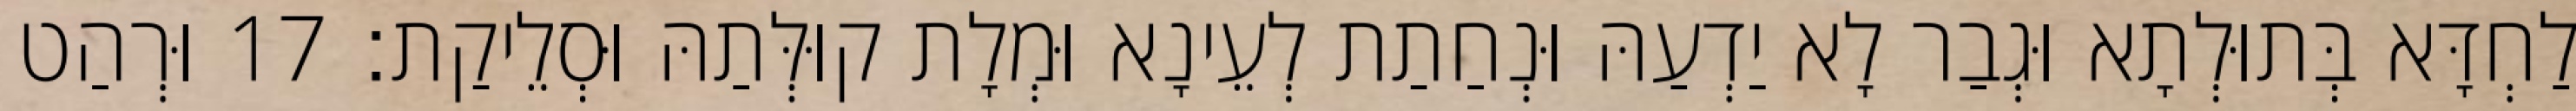
לַחְדָּא בְּתוּלְתָא וּגְבַר לָא יַדְעַהּ וּנְחַתַת לְעֵינָא וּמְלָת קוּלְּתַהּ וּסְלֵיקַת׃ 17 וּרְהַט